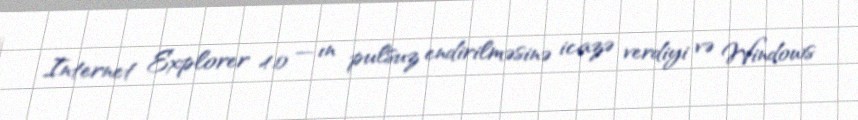
Internet Explorer 4.0 — ın pulsuz endirilməsinə icazə verdiyi və Windows